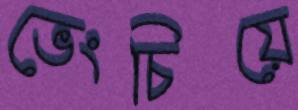
ভেংচিয়ে